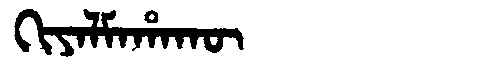
Manchu: ᡴᡳᠶᠠᠯᠮᠠᡥᠠᡴᡡ
Romanization: KIYALMAHAKŪ